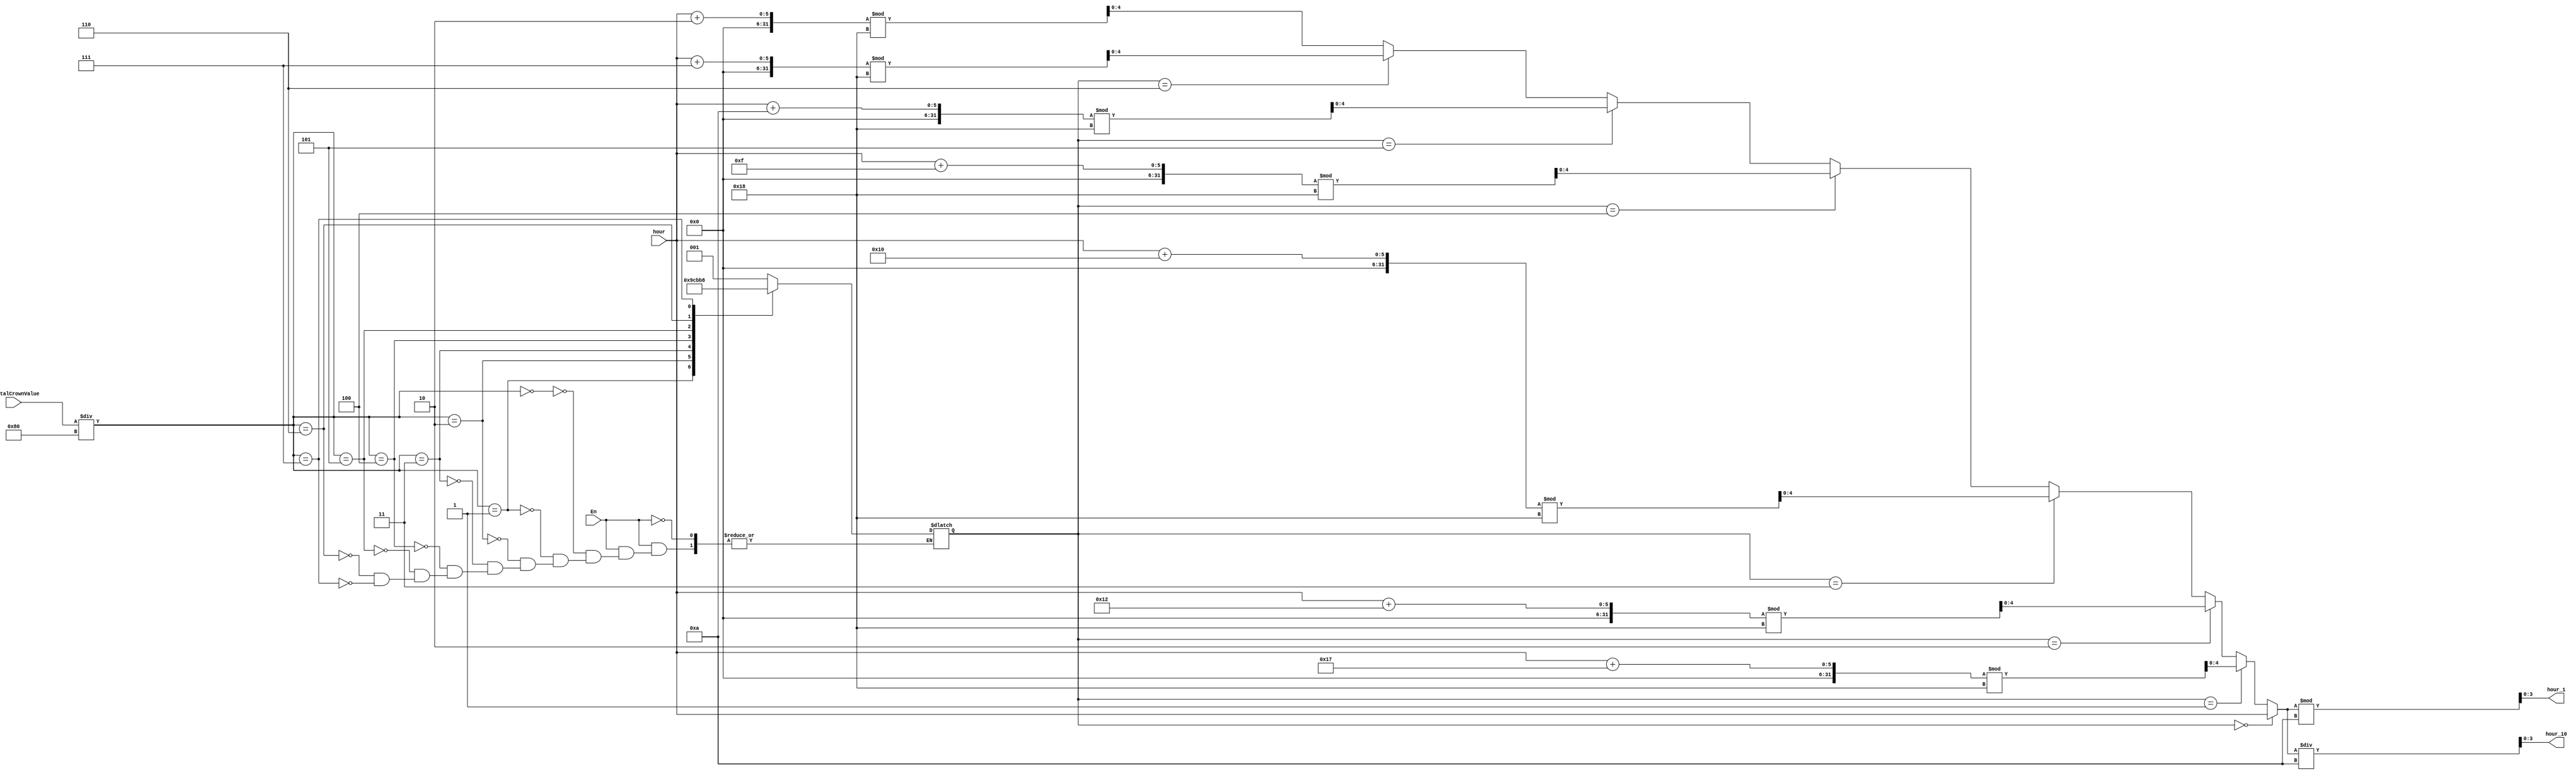
/*
 * Version : REV 1.
 *
 * Written By 		: KM. K.
 * Modified By 	: JU. Y. (REV 1) -> Replaced T_S with Digital_Crown_Data
 * Supervised By 	: JU. Y.
 *
 */

module mode_6(	En,
              hour,
              DigitalCrownValue,
              hour_10,
              hour_1);
    // multi clock
    
    parameter S0 = 3'b000, S1 = 3'b001, S2 = 3'b010, S3 = 3'b011, S4 = 3'b100, S5 = 3'b101, S6 = 3'b110, S7 = 3'b111;

    input [9:0]DigitalCrownValue;
    input En;
    input [4:0]hour;
    output [3:0]hour_10,hour_1;

    wire [4:0]dualhour;
    reg [2:0]state = S0;

    always@(*)
    begin
        if (En)
        begin
            case(DigitalCrownValue / 128)
                0: state = S1;
                1: state = S2;
                2: state = S3;
                3: state = S4;
                4: state = S5;
                5: state = S6;
                6: state = S7;
                7: state = S0;
            endcase
        end
    end

    assign dualhour = (state == S0) ? hour:
    (state == S1) ? ((hour + 23) % 24):
    (state == S2) ? ((hour + 18) % 24):
    (state == S3) ? ((hour + 16) % 24):
    (state == S4) ? ((hour + 15) % 24):
    (state == S5) ? ((hour + 10) % 24):
    (state == S6) ? ((hour + 7)  % 24): ((hour + 2)  % 24);

    /*
    S0: Seoul
    S1: Beijing (pakeng)
    S2: Moscow
    S3: Paris
    S4: London
    S5: NY
    S6: LA
    S7: Sydney
    */

    assign hour_10 = dualhour / 10;
    assign hour_1  = dualhour % 10;

endmodule
// EOF